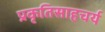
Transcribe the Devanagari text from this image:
प्रकृतिसाहचर्य